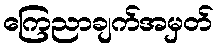
ကြေညာချက်အမှတ်